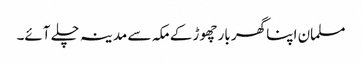
مسلمان اپنا گھر بار چھوڑ کے مکہ سے مدینہ چلے آئے۔